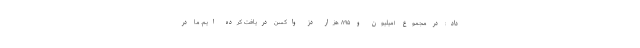
داد: در مجموع ۱میلیون و ۸۹۵ هزار دز واکسن دریافت کرده ایم. ما در